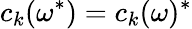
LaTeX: c_{k}(\omega^{*})=c_{k}(\omega)^{*}